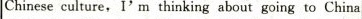
Chinese culture, I' m thinking about going to China